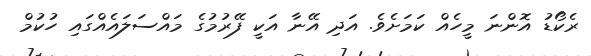
ރެކޯޑު އޮންނަ މީހެއް ކަމަށެވެ. އަދި އޭނާ އަކީ ފޭރުމުގެ މައްސަލައެއްގައި ހުކުމް